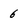
Character: 6